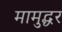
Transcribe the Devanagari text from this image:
मामुद्धर